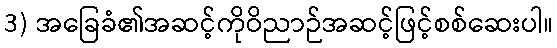
3) အခြေခံ၏အဆင့်ကိုဝိညာဉ်အဆင့်ဖြင့်စစ်ဆေးပါ။